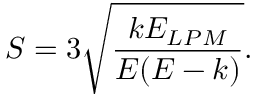
S = 3 \sqrt { \frac { k E _ { L P M } } { E ( E - k ) } } .